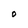
Character: 0